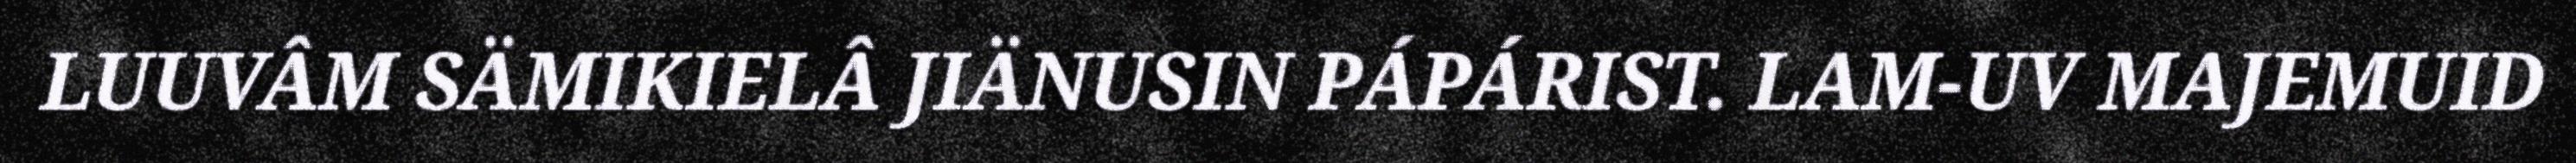
LUUVÂM SÄMIKIELÂ JIÄNUSIN PÁPÁRIST. LAM-UV MAJEMUID